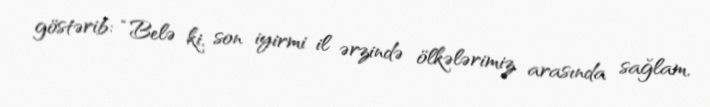
göstərib: “Belə ki, son iyirmi il ərzində ölkələrimiz arasında sağlam,